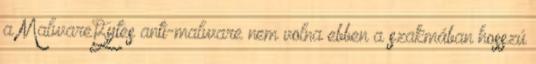
a MalwareBytes anti-malware nem volna ebben a szakmában hosszú